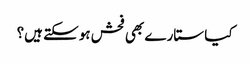
کیا ستارے بھی فحش ہوسکتے ہیں؟